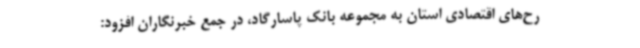
رح‌های اقتصادی استان به مجموعه بانک پاسارگاد، در جمع خبرنگاران افزود: